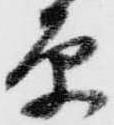
原